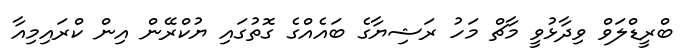
ބްރީޑްލަވް ވިދާޅުވީ މާޗް މަހު ރަޝިޔާގެ ބައެއްގެ ގޮތުގައި ޔުކްރޭން އިން ކްރައިމިއާ